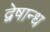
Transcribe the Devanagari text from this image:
द्वेषान्ध